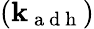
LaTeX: (\mathbf{k}_{\mathrm{{~a~d~h~}}})